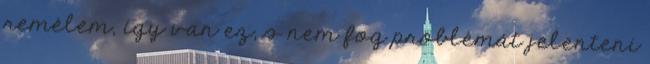
remélem, így van ez, s nem fog problémát jelenteni